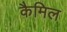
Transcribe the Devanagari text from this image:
कैमिल